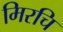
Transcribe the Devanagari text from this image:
मिरचि